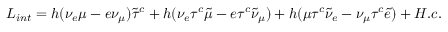
{ \cal L } _ { i n t } = h ( \nu _ { e } \mu - e \nu _ { \mu } ) \tilde { \tau } ^ { c } + h ( \nu _ { e } \tau ^ { c } \tilde { \mu } - e \tau ^ { c } \tilde { \nu } _ { \mu } ) + h ( \mu \tau ^ { c } \tilde { \nu } _ { e } - \nu _ { \mu } \tau ^ { c } \tilde { e } ) + H . c .